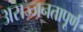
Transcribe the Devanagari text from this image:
असज्जनतापूर्ण